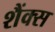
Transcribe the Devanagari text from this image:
शैंक्स